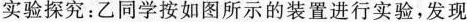
实验探究：乙同学按如图所示的装置进行实验，发现